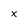
Character: x